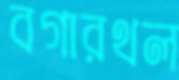
বগারথল